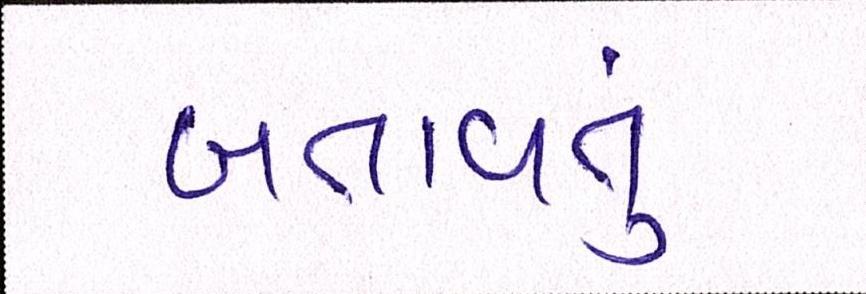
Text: બતાવતું